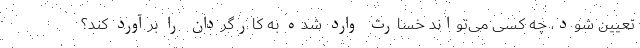
تعیین شود، چه کسی می‌تواند خسارت وارد شده به کارگردان را برآورد کند؟